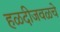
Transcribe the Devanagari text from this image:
हळदीजवळचे